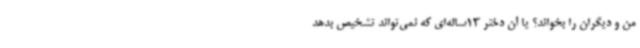
من و دیگران را بخواند؟ یا آن دختر 13ساله‌ای که نمی‌تواند تشخیص بدهد